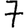
Digit: 7